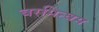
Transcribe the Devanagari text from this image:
बरमिन्घम